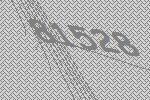
81528